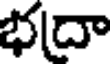
భదా